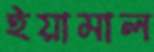
ইয়ামাল